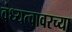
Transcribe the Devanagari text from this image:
वंध्यत्वावरच्या